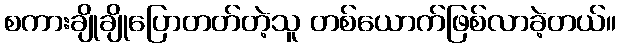
စကားချိုချိုပြောတတ်တဲ့သူ တစ်ယောက်ဖြစ်လာခဲ့တယ်။